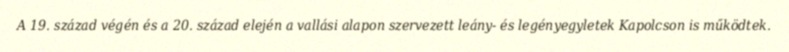
A 19. század végén és a 20. század elején a vallási alapon szervezett leány- és legényegyletek Kapolcson is működtek.